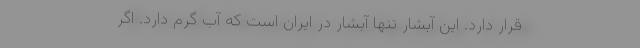
قرار دارد. این آبشار تنها آبشار در ایران است که آب گرم دارد. اگر